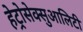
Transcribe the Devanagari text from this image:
हेट्रोसेक्सुआलिटी